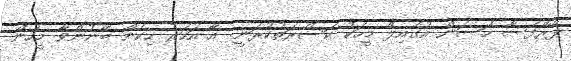
ޕްރޮފެސާ ހަސަން އުގެއިލް މީހަކު ކަސްރަތުކުރަނީ: އާ އަހަރު ހިކެން ބޭނުންވާ މީހުން